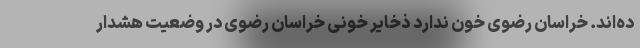
ده‌اند. خراسان رضوی خون ندارد ذخایر خونی خراسان رضوی در وضعیت هشدار